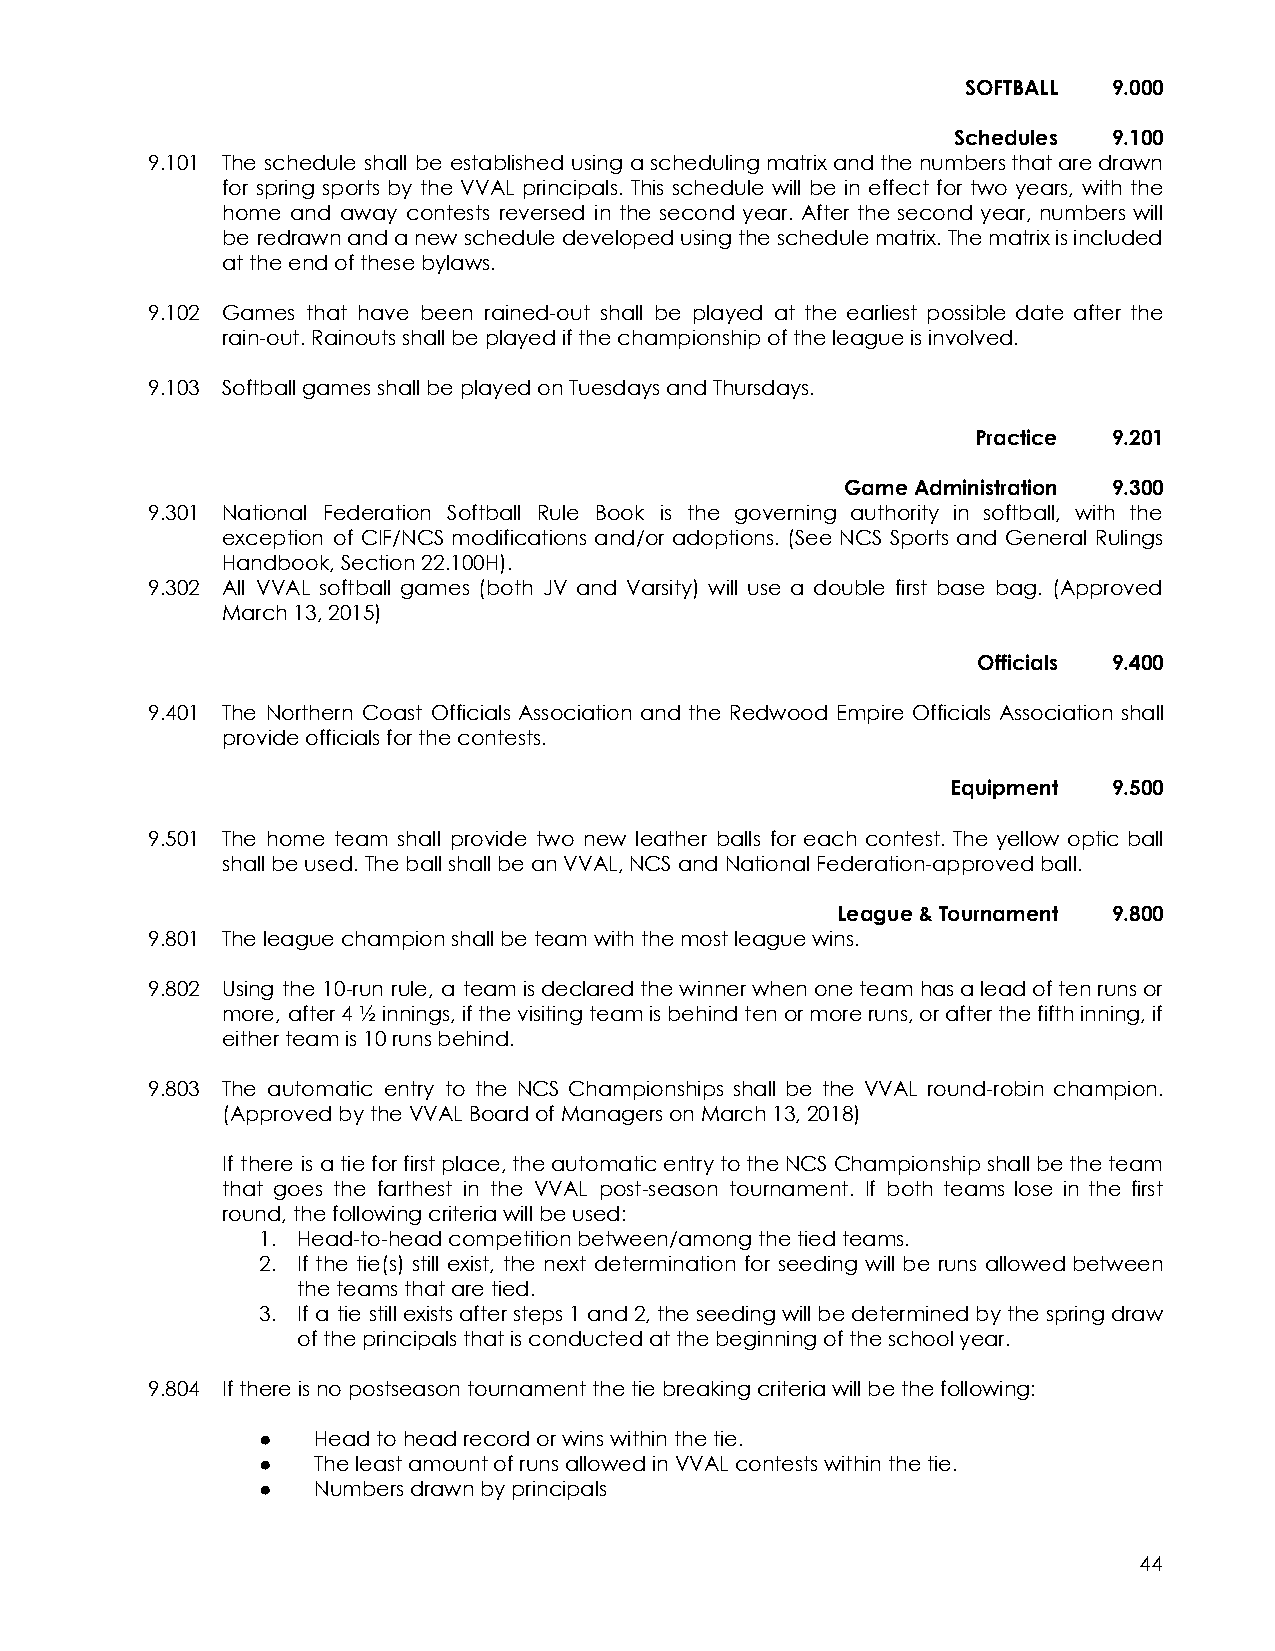
SOFTBALL  9.000
 Schedules  9.100
 9.101 The schedule shall be established using aschedulingmatrixandthenumbersthataredrawn
 for spring sports by the VVAL principals. This schedule will be in effect for two years, with the
 home and away contests reversed in the second year. After the second year, numbers will
 be redrawnandanewscheduledevelopedusingtheschedulematrix.Thematrixisincluded
 at the end of these bylaws.
 9.102 Games that have been rained-out shall be played at the earliest possible date after the
 rain-out. Rainouts shall be played if the championship of the league is involved.
 9.103 Softball games shall be played on Tuesdays and Thursdays.
 Practice 9.201
 Game Administration 9.300
 9.301 National Federation Softball Rule Book is the governing authority in softball, with the
 exception of CIF/NCS modifications and/or adoptions. (See NCS Sports and General Rulings
 Handbook, Section 22.100H).
 9.302 All VVAL softball games (both JV and Varsity) will use a double first base bag. (Approved
 March 13, 2015)
 Officials 9.400
 9.401 The Northern Coast Officials Association and the Redwood Empire Officials Association shall
 provide officials for the contests.
 Equipment  9.500
 9.501 The home team shall provide two new leather balls for each contest. The yellow optic ball
 shall be used. The ball shall be an VVAL, NCS and National Federation-approved ball.
 League & Tournament 9.800
 9.801 The league champion shall be team with the most league wins.
 9.802 Using the 10-run rule, a teamisdeclaredthewinnerwhenoneteamhasaleadoftenrunsor
 more, after4½innings,ifthevisitingteamisbehindtenormoreruns,orafterthefifthinning,if
 either team is 10 runs behind.
 9.803 The automatic entry to the NCS Championships shall be the VVAL round-robin champion.
 (Approved by the VVAL Board of Managers on March 13, 2018)
 If there is atieforfirstplace,theautomaticentrytotheNCSChampionshipshallbetheteam
 that goes the farthest in the VVAL post-season tournament. If both teams lose in the first
 round, the following criteria will be used:
 1. Head-to-head competition between/among the tied teams.
 2. If the tie(s) still exist, the next determination for seeding will be runs allowedbetween
 the teams that are tied.
 3. If a tie stillexistsaftersteps1and2,theseedingwillbedeterminedbythespringdraw
 of the principals that is conducted at the beginning of the school year.
 9.804 If there is no postseason tournament the tie breaking criteria will be the following:
 ●   Head to head record or wins within the tie.
 ●   The least amount of runs allowed in VVAL contests within the tie.
 ●   Numbers drawn by principals
 44